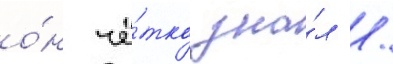
о́н чё́тко зна́л /